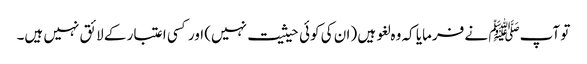
تو آپﷺ نے فرمایا کہ وہ لغو ہیں (ان کی کوئی حیثیت نہیں) اور کسی اعتبار کے لائق نہیں ہیں۔